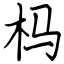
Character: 杩